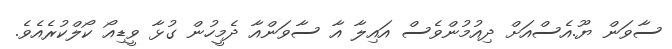
ސާވަން ޔޫ.އެސްއަށް ދިއުމުންވެސް އައިލާ އާ ސާވަންއާ ދެމީހުން ގުޅާ ވީޑިއޯ ކޯލްކުރެއެވެ.